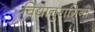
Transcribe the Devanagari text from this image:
विद्यानुरागिनी